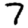
Digit: 7